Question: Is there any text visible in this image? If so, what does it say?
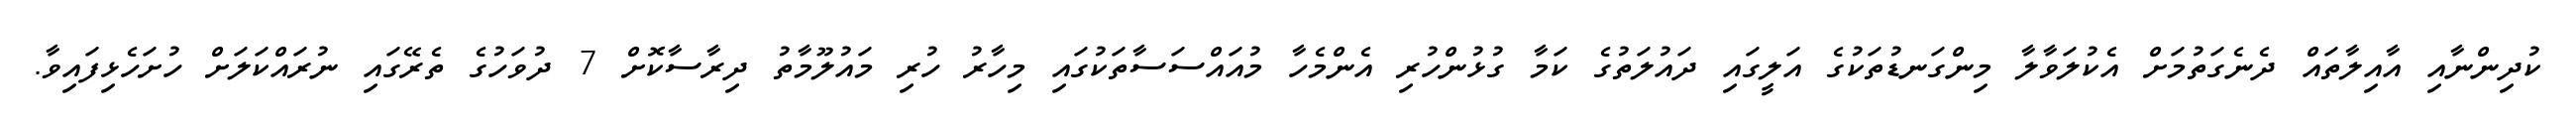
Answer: ކުދިންނާއި އާއިލާތައް ދެނެގަތުމަށް އެކުލަވާލާ މިންގަނޑުތަކުގެ އަލީގައި ދައުލަތުގެ ކަމާ ގުޅުންހުރި އެންމެހާ މުއައްސަސާތަކުގައި މިހާރު ހުރި މައުލޫމާތު ދިރާސާކޮށް 7 ދުވަހުގެ ތެރޭގައި ނުރައްކަލަށް ހުށަހެޅިފައިވާ.